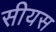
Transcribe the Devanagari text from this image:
सीयस